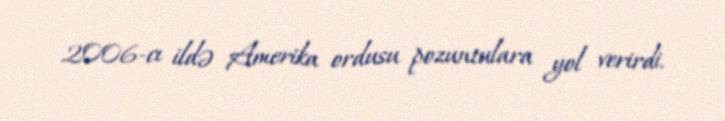
2006-cı ildə Amerika ordusu pozuntulara yol verirdi.